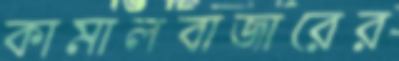
কামালবাজারের